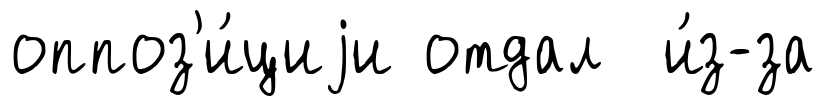
оппоз'и́циjи отдал и́з-за